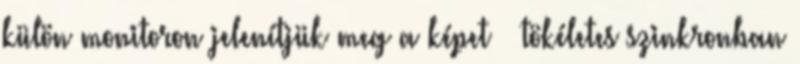
külön monitoron jelenítjük meg a képet – tökéletes szinkronban